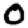
Digit: 0